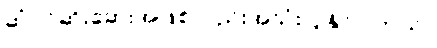
ဆံပင်ဆိုးဆေးအဖြစ်လည်းအသုံးပြုနိုင်ပါတယ်။